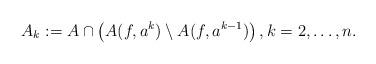
LaTeX: \begin{align*}A_k:=A\cap \left(A(f,a^{k})\setminus A(f,a^{k-1})\right),k=2,\dots, n.\end{align*}